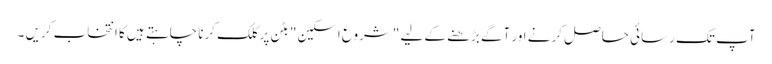
آپ تک رسائی حاصل کرنے اور آگے بڑھنے کے لیے "شروع اسکین" بٹن پر کلک کرنا چاہتے ہیں کا انتخاب کریں ۔